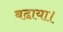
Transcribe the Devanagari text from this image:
बढा़या।